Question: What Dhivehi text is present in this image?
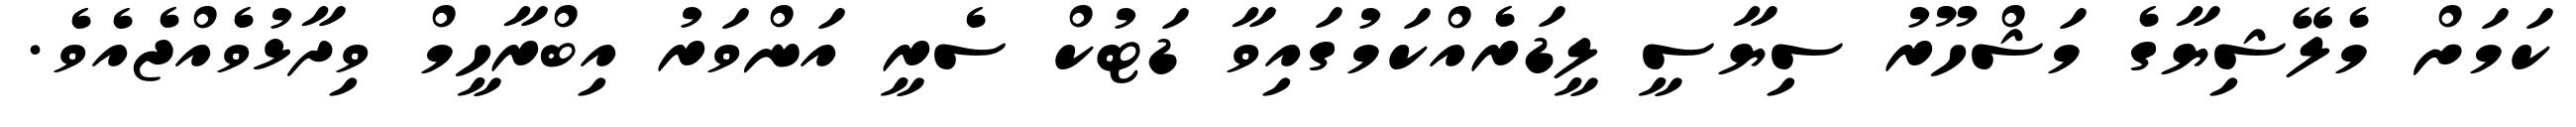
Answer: ކަމަށް މެލޭޝިޔާގެ މަޝްހޫރު ސިޔާސީ ލީޑަރެއްކަމުގައިވާ ޑަޓުކް ސެރީ އަންވަރު އިބްރާހީމް ވިދާޅުވެއްޖެއެވެ.